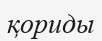
қориды